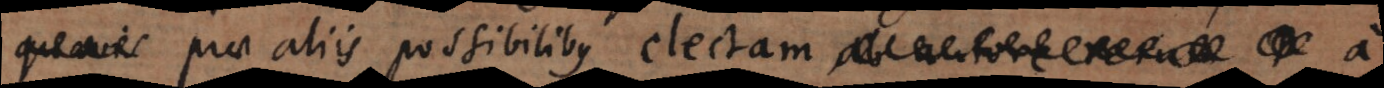
prae aliis possibilibus electam ab autore